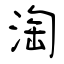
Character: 淘